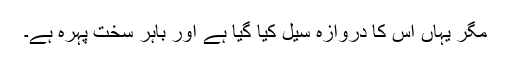
مگر یہاں اس کا دروازہ سیل کیا گیا ہے اور باہر سخت پہرہ ہے۔